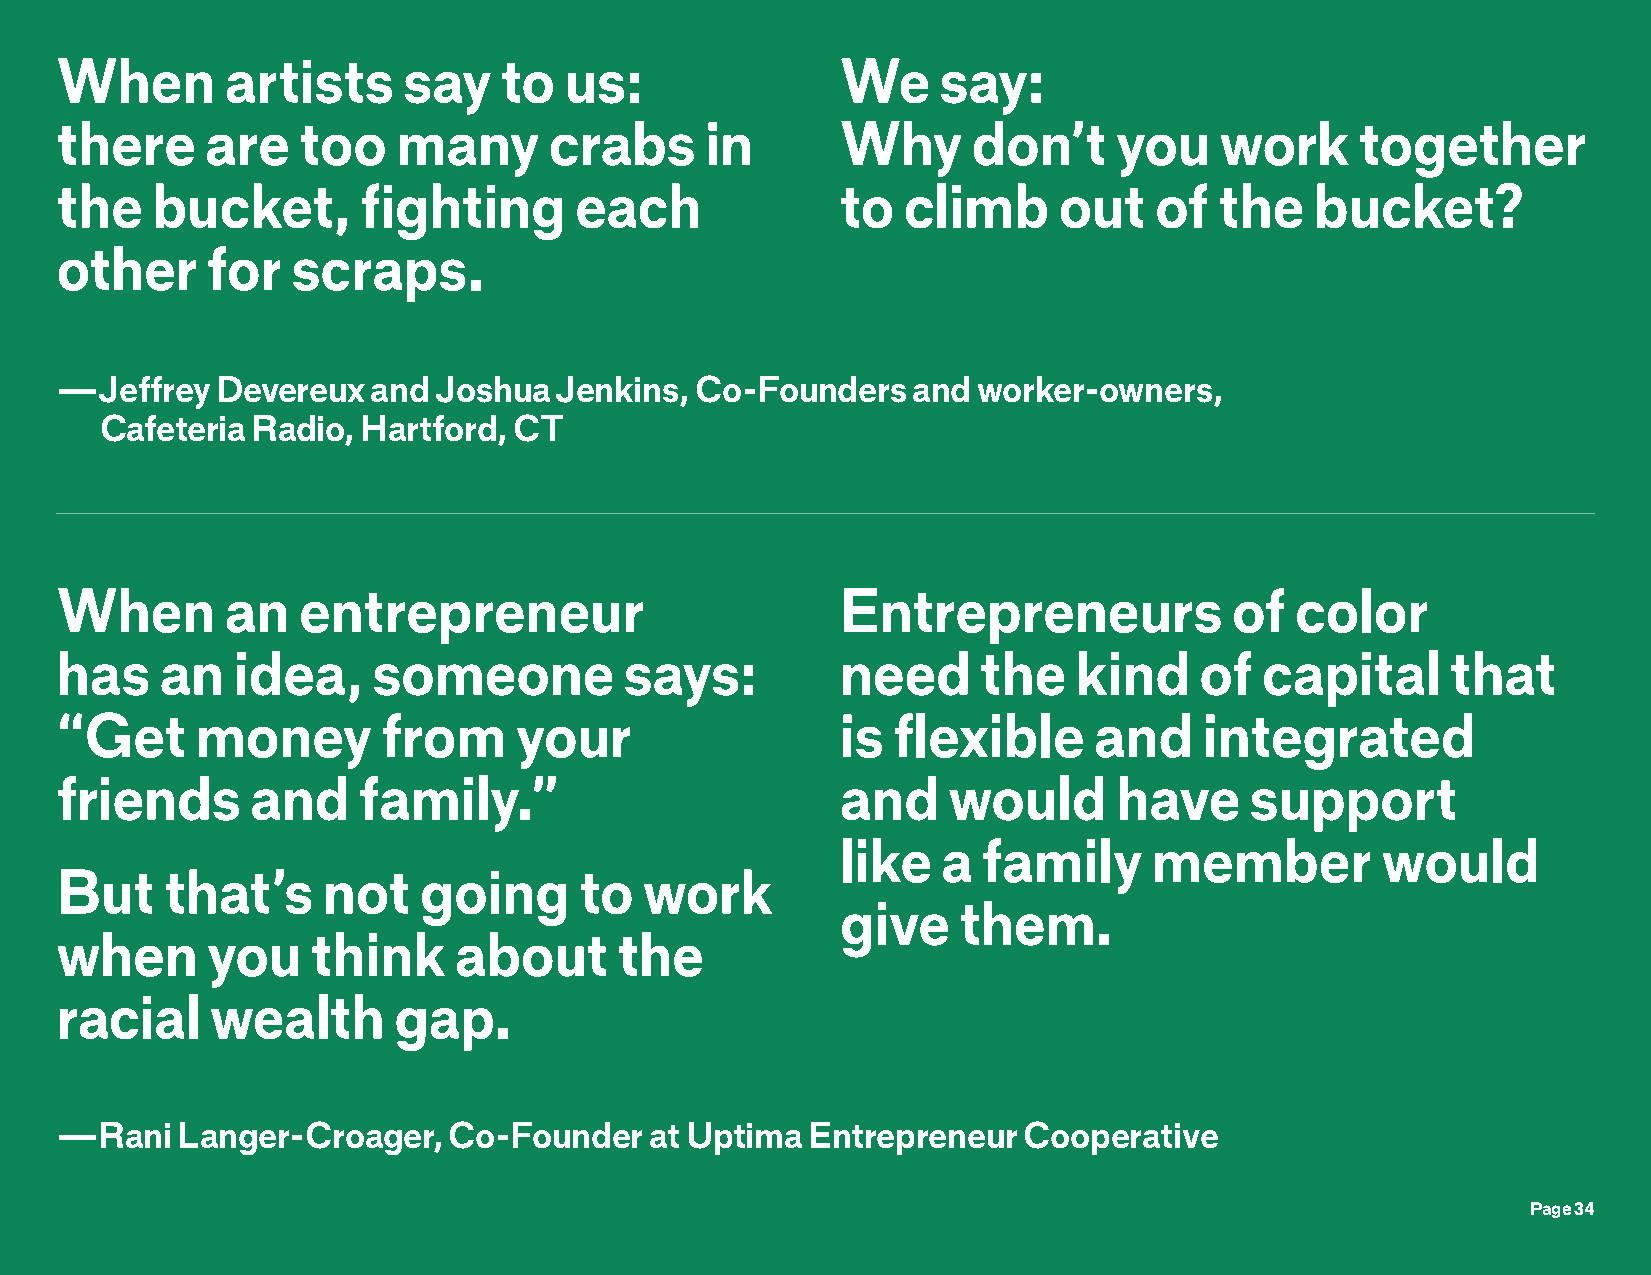
When       artists     say   to  us:                We    say:
 there     are   too   many      crabs      in       Why     don’t     you    work     together
 the   bucket,       fighting      each              to  climb     out   of   the   bucket?
 other     for  scraps.
 —Jeffrey  Devereux   and Joshua  Jenkins, Co-Founders   and  worker-owners,
 Cafeteria Radio, Hartford, CT
 When       an   entrepreneur                        Entrepreneurs            of   color
 has    an  idea,     someone         says:          need     the   kind    of  capital      that
 “Get     money       from     your                  is flexible     and     integrated
 friends      and    family.”                        and    would      have     support
 like  a  family     member         would
 But    that’s    not    going     to   work
 give   them.
 when      you    think    about      the
 racial    wealth      gap.
 —Rani   Langer-Croager,   Co-Founder   at Uptima  Entrepreneur  Cooperative
 Page 34